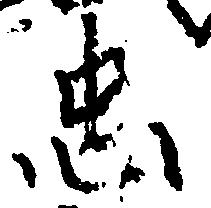
忠